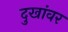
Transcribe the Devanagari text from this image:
दुखांवर